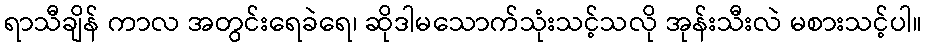
ရာသီချိန် ကာလ အတွင်းရေခဲရေ၊ ဆိုဒါမသောက်သုံးသင့်သလို အုန်းသီးလဲ မစားသင့်ပါ။